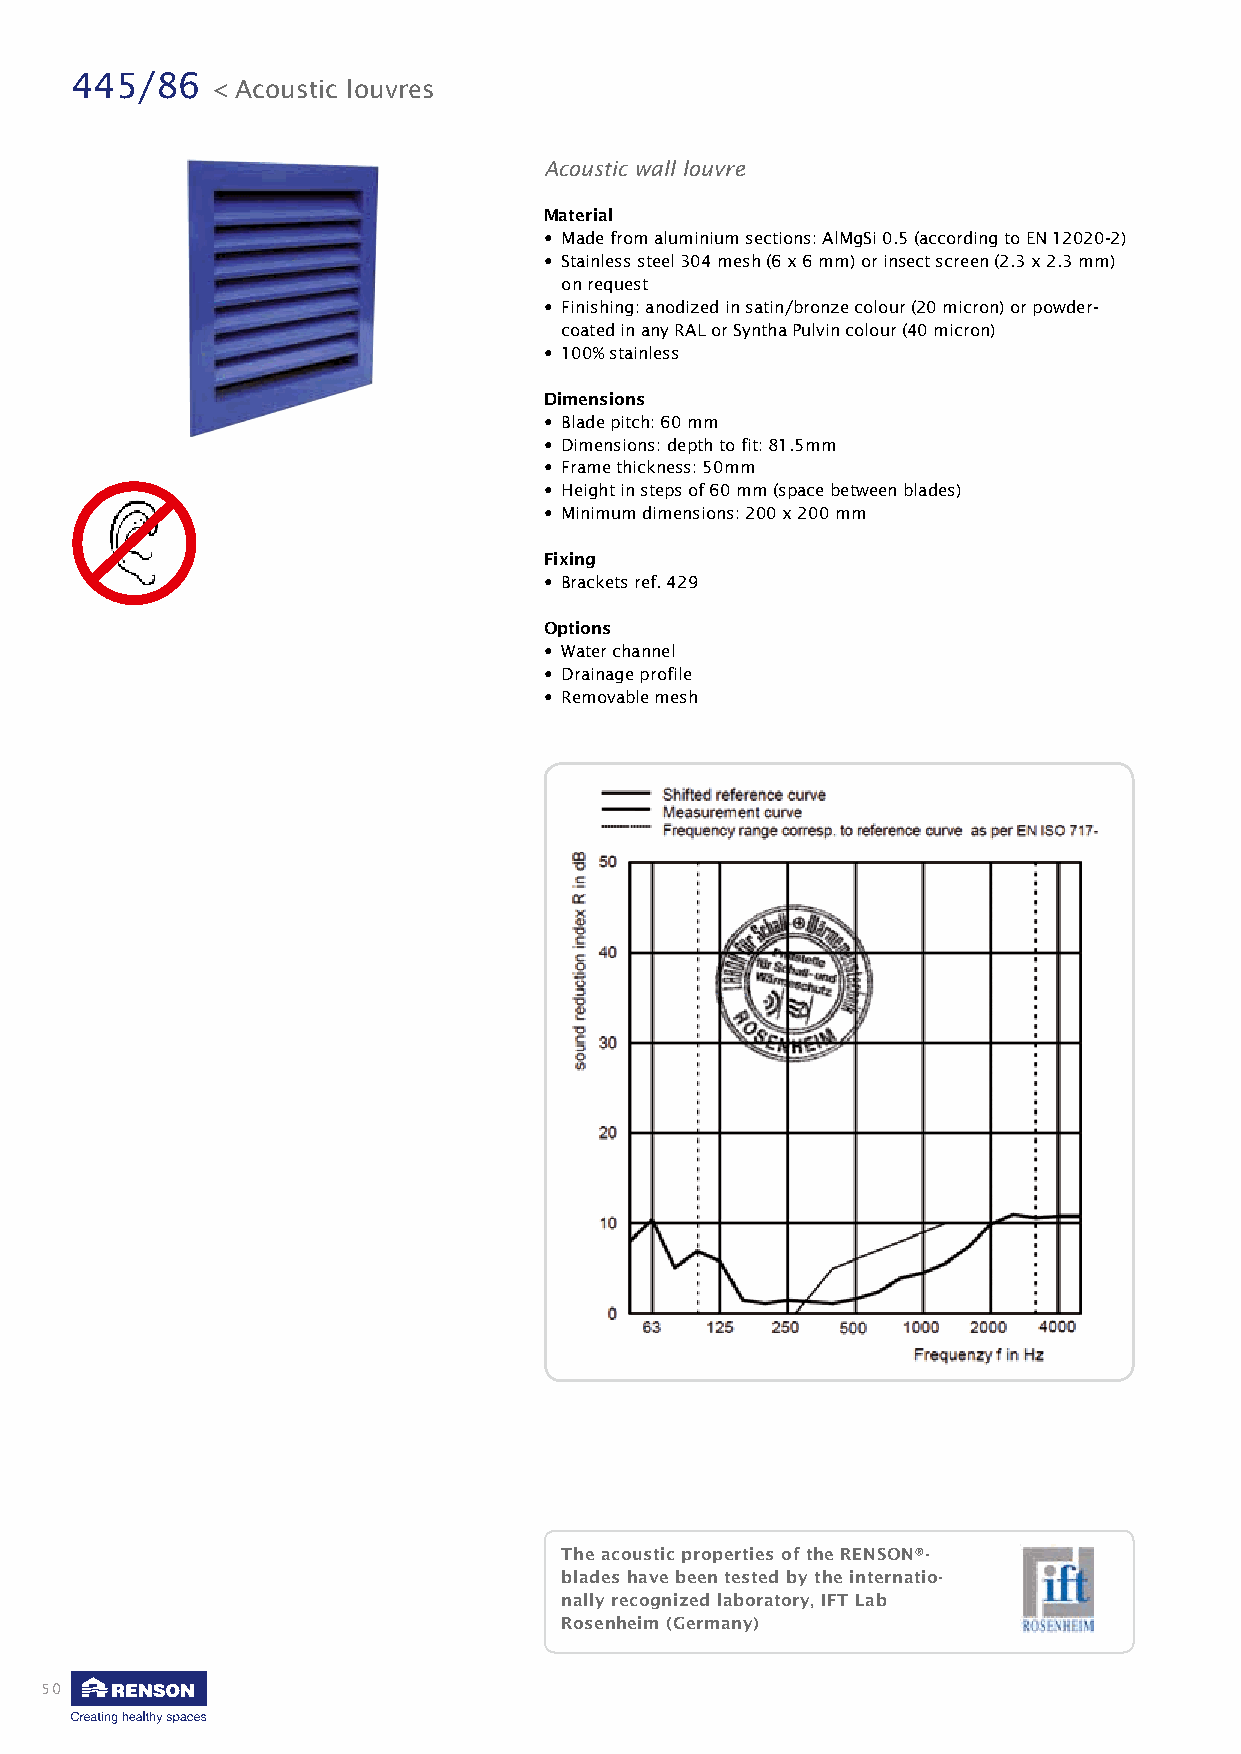
445/86
 < Acoustic louvres
 Acoustic wall louvre
 Material
 • Made from aluminium sections: AlMgSi 0.5 (according to EN 12020-2)
 • Stainless steel 304 mesh (6 x 6 mm) or insect screen (2.3 x 2.3 mm)
 on request
 • Finishing: anodized in satin/bronze colour (20 micron) or powder-
 coated in any RAL or Syntha Pulvin colour (40 micron)
 • 100% stainless
 Dimensions
 • Blade pitch: 60 mm
 • Dimensions: depth to fit: 81.5mm
 • Frame thickness: 50mm
 • Height in steps of 60 mm (space between blades)
 • Minimum dimensions: 200 x 200 mm
 Fixing
 • Brackets ref. 429
 Options
 • Water channel
 • Drainage profile
 • Removable mesh
 The acoustic properties of the RENSON®-
 blades have been tested by the internatio-
 nally recog nized laboratory, IFT Lab
 R osenheim (Germany)
 50